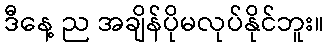
ဒီနေ့ ည အချိန်ပိုမလုပ်နိုင်ဘူး။